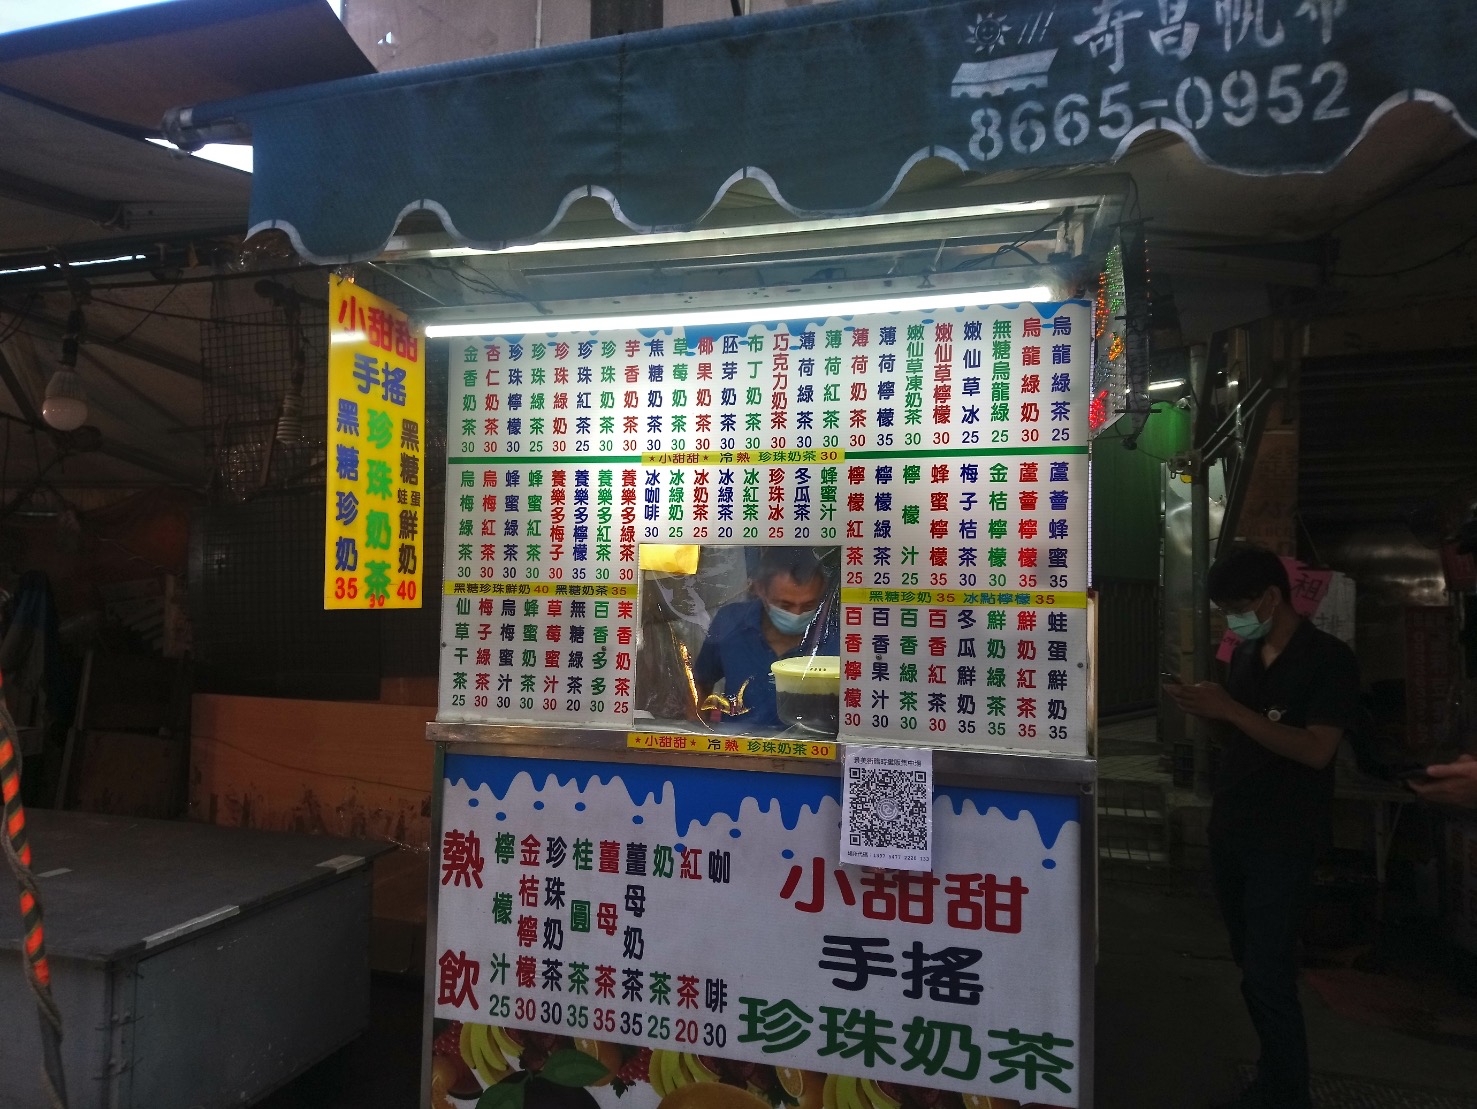
餐廳：小甜甜
電話：8665-0952
菜單：
name: 手搖黑糖珍珠鮮奶
price: 35, 40
name: 黑糖珍奶
price: 35
name: 珍珠奶茶
price: 30
name: 金桔檸檬
price: 30, 25
name: 珍珠奶茶
price: 30, 25
name: 珍珠綠
price: 30, 25
name: 珍珠紅
price: 30, 25
name: 珍珠冬瓜
price: 30, 25
name: 檸檬奶茶
price: 30, 25
name: 過濾奶茶
price: 30, 25
name: 巧克力奶茶
price: 30, 25
name: 薄荷奶茶
price: 30, 25
name: 烏龍綠奶茶
price: 30, 25
name: 杏仁奶茶
price: 30, 25
name: 烏龍奶茶
price: 30, 25
name: 綠奶茶
price: 30, 25
name: 鮮奶
price: 30, 25
name: 養樂多
price: 30, 25
name: 蜂蜜
price: 30, 25
name: 檸檬
price: 30, 25
name: 烏龍
price: 30, 25
name: 仙草冰
price: 30, 25
name: 無糖綠
price: 30, 25
name: 烏龍綠
price: 30, 25
name: 麥香
price: 30, 25
name: 蘋果
price: 30, 25
name: 芋頭
price: 30, 25
name: 鳳梨
price: 30, 25
name: 葡萄
price: 30, 25
name: 芭樂
price: 30, 25
name: 紅茶
price: 30, 25
name: 綠茶
price: 30, 25
name: 冬瓜
price: 30, 25
name: 葡萄柚
price: 30, 25
name: 百香
price: 30, 25
name: 黑糖珍珠鮮奶
price: 35
name: 冰點檸檬
price: 35
name: 蜂蜜檸檬
price: 35
name: 冬瓜檸檬
price: 35
name: 金桔檸檬
price: 35
name: 養樂多綠茶
price: 35
name: 蘋果綠茶
price: 35
name: 百香綠茶
price: 35
name: 葡萄綠茶
price: 35
name: 芭樂綠茶
price: 35
name: 蜂蜜奶茶
price: 35
name: 冬瓜鮮奶
price: 35
name: 奶蓋紅茶
price: 35
name: 奶蓋綠茶
price: 35
name: 奶蓋烏龍
price: 35
name: 奶蓋冬瓜
price: 35
name: 奶蓋可可
price: 35
name: 珍珠奶蓋
price: 35
name: 紅豆奶蓋
price: 35
name: 仙草奶蓋
price: 35
name: 養樂多奶蓋
price: 35
name: 鮮奶茶
price: 35
name: 布丁奶茶
price: 35
name: 熱珍珠奶茶
price: 30
name: 熱紅茶
price: 25
name: 熱綠茶
price: 25
name: 熱冬瓜
price: 20
name: 熱奶茶
price: 30
name: 熱檸檬
price: 30
name: 熱金桔檸檬
price: 35
name: 熱桂圓奶
price: 35
name: 熱薑母奶
price: 35
name: 熱薑汁
price: 30
name: 檸檬
price: 25, 30, 35
name: 茶
price: 20, 25, 30
name: 咖啡
price: 30, 40